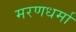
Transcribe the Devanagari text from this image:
मरणधर्मा